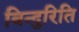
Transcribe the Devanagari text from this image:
बिन्दुरिति